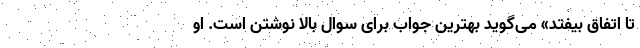
تا اتفاق بیفتد» می‌گوید بهترین جواب برای سوال بالا نوشتن است. او